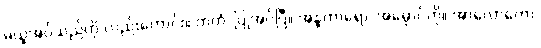
မယူအပ်သည်ကို လည်းကောင်း။ ကတံ၊ ပြုအပ်ပြီ။ အန္ဓကာရော၊ အမှောင်ကို။ အာလောကော၊